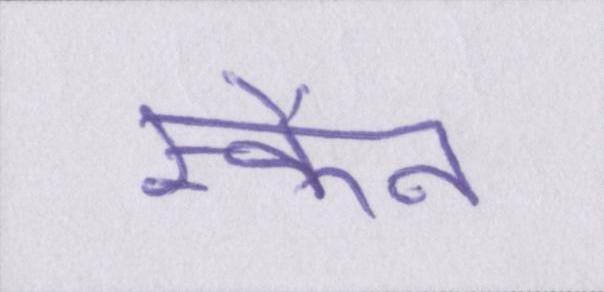
स्कैन